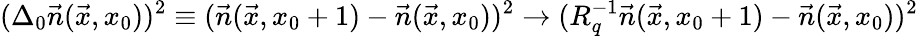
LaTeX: (\Delta_{0}\vec{n}(\vec{x},x_{0}))^{2}\equiv(\vec{n}(\vec{x},x_{0}+1)-\vec{n}(\vec{x},x_{0}))^{2}\to(R_{q}^{-1}\vec{n}(\vec{x},x_{0}+1)-\vec{n}(\vec{x},x_{0}))^{2}